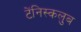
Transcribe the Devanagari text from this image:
टेंनिस्कलुब